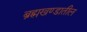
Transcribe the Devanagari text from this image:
ब्रह्मखण्डातील